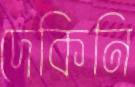
দেকিনি